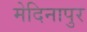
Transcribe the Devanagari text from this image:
मेदिनापुर